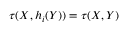
\tau ( X , h _ { i } ( Y ) ) = \tau ( X , Y )